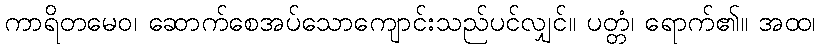
ကာရိတမေဝ၊ ဆောက်စေအပ်သောကျောင်းသည်ပင်လျှင်။ ပတ္တံ၊ ရောက်၏။ အထ၊